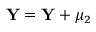
\mathbf { Y } = \mathbf { Y } + \mu _ { 2 }